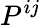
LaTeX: P^{ij}